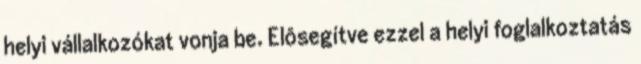
helyi vállalkozókat vonja be. Elôsegítve ezzel a helyi foglalkoztatás